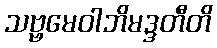
သဗ္ဗမေဝါဘိမဒ္ဒတီတိ